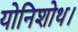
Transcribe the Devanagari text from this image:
योनिशोथ।